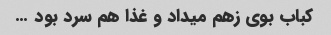
کباب بوی زهم میداد و غذا هم سرد بود …